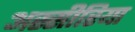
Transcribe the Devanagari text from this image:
अस्सीरिया